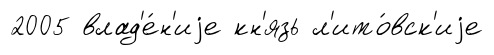
2005 влад'е́н'иjе кн'язь л'ито́вск'иjе